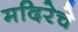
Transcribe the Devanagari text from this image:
मदिरेचे